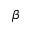
\beta